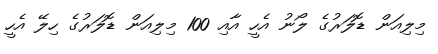
މިލިއަން ޑޮލަރުގެ ލޯނު އެހީ އާއި 100 މިލިއަން ޑޮލަރުގެ ހިލޭ އެހީ